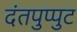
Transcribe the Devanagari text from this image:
दंतपुप्पुट